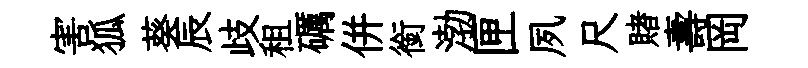
害狐葵辰歧租礪併銜渤匣夙尺賭壽岡